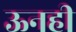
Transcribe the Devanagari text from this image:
ऊनही